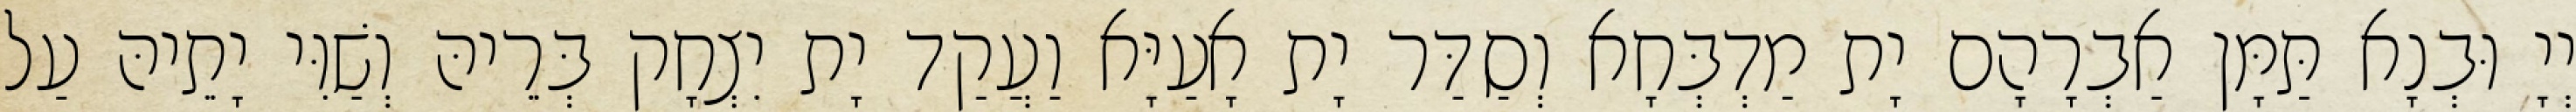
יְיָ וּבְנָא תַּמָּן אַבְרָהָם יָת מַדְבְּחָא וְסַדַּר יָת אָעַיָּא וַעֲקַד יָת יִצְחָק בְּרֵיהּ וְשַׁוִּי יָתֵיהּ עַל